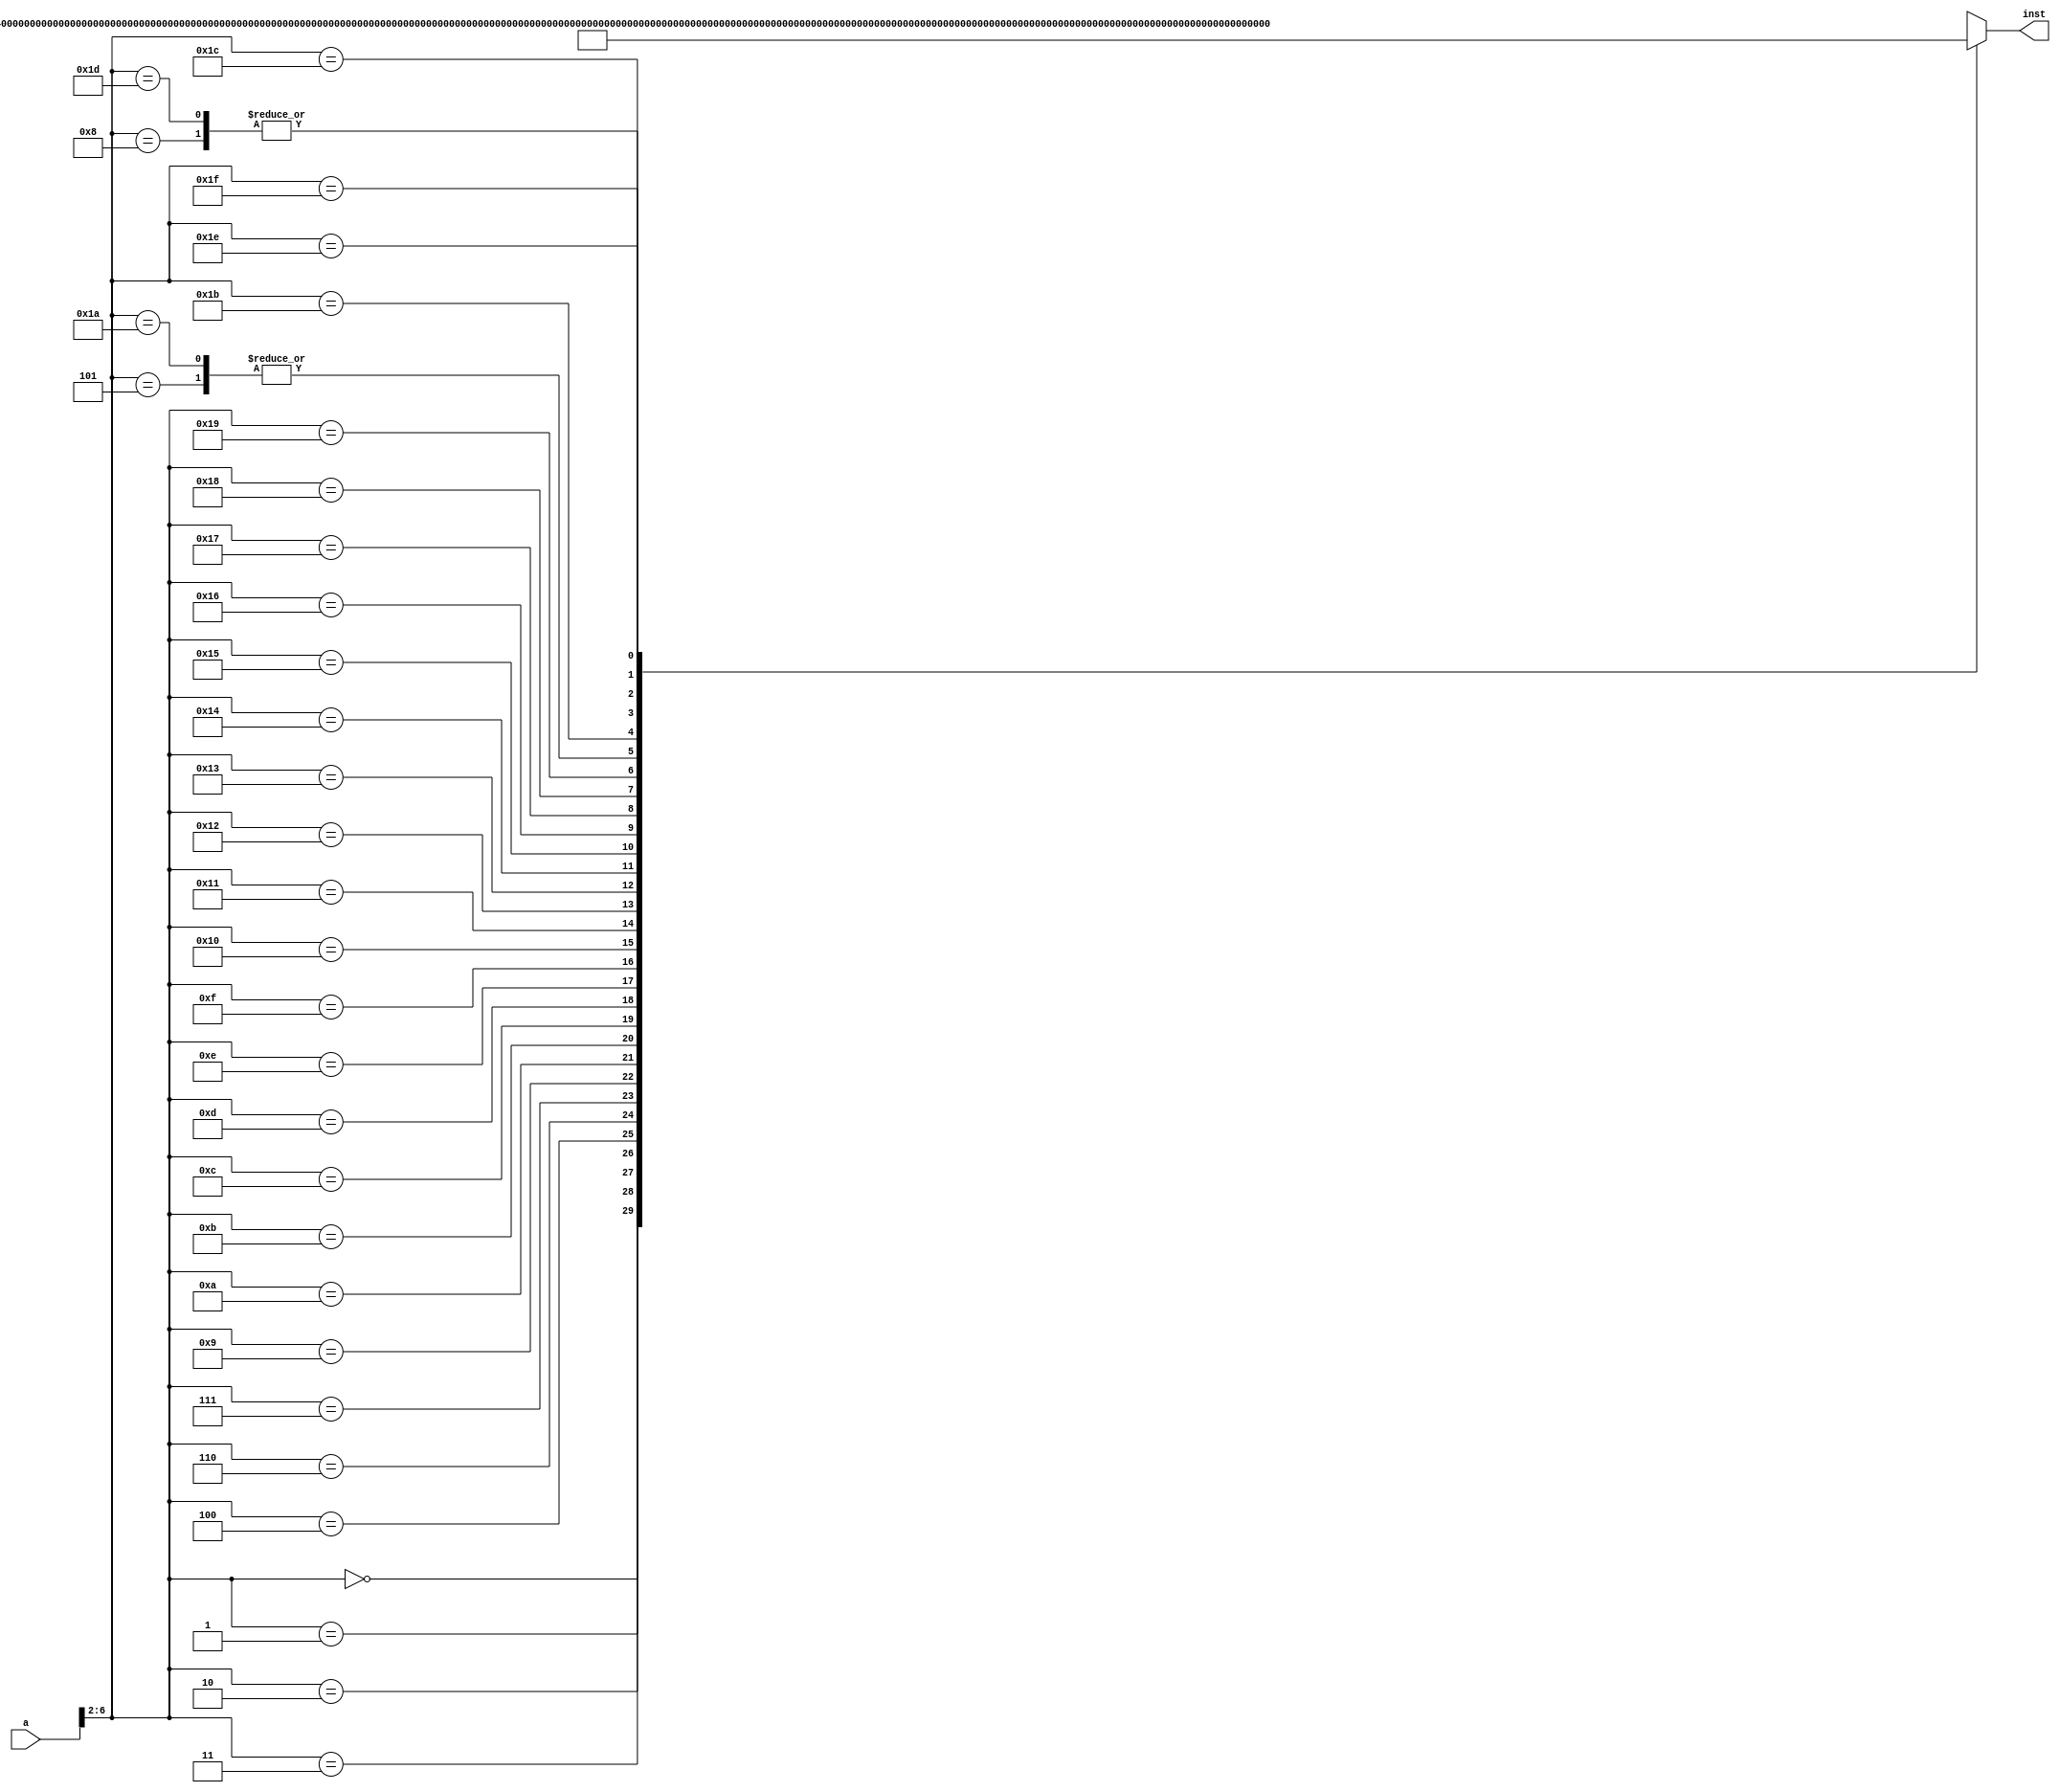
module sc_instmem (a,inst);
    input  [31:0] a;
    output [31:0] inst;
    wire   [31:0] rom [0:31];                                 // (pc)
    assign rom[5'h00] = 32'b00000000000000000000000010110111; // (00) main:   lui  x1, 0         # x1 <- 0
    assign rom[5'h01] = 32'b00000101000000001110001000010011; // (04)         ori  x4, x1, 80    # x1 <- 80
    assign rom[5'h02] = 32'b00000000010000000000001010010011; // (08)         addi x5, x0,  4    # x5 <- 4
    assign rom[5'h03] = 32'b00000101100000000000000011101111; // (0c) call:   jal  x1, sum       # x1 <- 0x10 (return address), call sum
    assign rom[5'h04] = 32'b00000000011000100010000000100011; // (10)         sw   x6, 0(x4)     # memory[x4+0] <- x6
    assign rom[5'h05] = 32'b00000000000000100010010010000011; // (14)         lw   x9, 0(x4)     # x6 <- memory[x4+0]
    assign rom[5'h06] = 32'b01000000010001001000010000110011; // (18)         sub  x8, x9, x4    # x8 <- x9 - x4
    assign rom[5'h07] = 32'b00000000001100000000001010010011; // (1c)         addi x5, x0,  3    # x5 <- 3
    assign rom[5'h08] = 32'b11111111111100101000001010010011; // (20) loop2:  addi x5, x5, -1    # x5 <- x5 - 1
    assign rom[5'h09] = 32'b11111111111100101110010000010011; // (24)         ori  x8, x5, 0xfff # x8 <- x5 | 0xffffffff = 0xffffffff
    assign rom[5'h0a] = 32'b01010101010101000100010000010011; // (28)         xori x8, x8, 0x555 # x8 <- x8 ^ 0x00000555 = 0xfffffaaa
    assign rom[5'h0b] = 32'b11111111111100000000010010010011; // (2c)         addi x9, x0, -1    # x9 <- 0xffffffff
    assign rom[5'h0c] = 32'b11111111111101001111010100010011; // (30)         andi x10,x9, 0xfff # x10<- x9 & 0xffffffff = 0xffffffff
    assign rom[5'h0d] = 32'b00000000100101010110001000110011; // (34)         or   x4, x10, x9   # x4 <- x10 | x9 = 0xffffffff
    assign rom[5'h0e] = 32'b00000000100101010100010000110011; // (38)         xor  x8, x10, x9   # x8 <- x10 ^ x9 = 0x00000000
    assign rom[5'h0f] = 32'b00000000010001010111001110110011; // (3c)         and  x7, x10, x4   # x7 <- x10 & x4 = 0xffffffff
    assign rom[5'h10] = 32'b00000000000000101000010001100011; // (40)         beq  x5, x0, shift # if x5 = 0, goto shift
    assign rom[5'h11] = 32'b11111101110111111111000001101111; // (44)         jal  x0, loop2     # jump loop2
    assign rom[5'h12] = 32'b11111111111100000000001010010011; // (48) shift:  addi x5, x0, -1    # x5 <- 0xffffffff
    assign rom[5'h13] = 32'b00000000111100101001010000010011; // (4c)         slli x8, x5, 15    # x8 <- 0xffffffff <<  15 = 0xffff8000
    assign rom[5'h14] = 32'b00000001000001000001010000010011; // (50)         slli x8, x8, 16    # x8 <- 0xffff8000 <<  16 = 0x80000000
    assign rom[5'h15] = 32'b01000001000001000101010000010011; // (54)         srai x8, x8, 16    # x8 <- 0x80000000 >>> 16 = 0xffff8000
    assign rom[5'h16] = 32'b00000000111101000101010000010011; // (58)         srli x8, x8, 15    # x8 <- 0xffff8000 >>  15 = 0x0001ffff
    assign rom[5'h17] = 32'b00000000011000100010000110110011; // (5c)         slt  x3, x4, x6    # x3 <- 0xffffffff < 0x000002ff = 1
    assign rom[5'h18] = 32'b00000000000000000000000001101111; // (60) finish: jal  x0, finish    # dead loop
    assign rom[5'h19] = 32'b00000000000000000000001100110011; // (64) sum:    add  x6, x0, x0    # x6 <- 0 (subroutine entry)
    assign rom[5'h1a] = 32'b00000000000000100010010010000011; // (68) loop:   lw   x9, 0(x4)     # x9 <- memory[x4+0]
    assign rom[5'h1b] = 32'b00000000010000100000001000010011; // (6c)         addi x4, x4,  4    # x4 <- x4 + 4 (address+4)
    assign rom[5'h1c] = 32'b00000000100100110000001100110011; // (70)         add  x6, x6, x9    # x6 <- x6 + x9 (sum)
    assign rom[5'h1d] = 32'b11111111111100101000001010010011; // (74)         addi x5, x5, -1    # x5 <- x5 - 1 (counter--)
    assign rom[5'h1e] = 32'b11111110000000101001100011100011; // (78)         bne  x5, x0, loop  # if x5 != 0, goto loop
    assign rom[5'h1f] = 32'b00000000000000001000000001100111; // (7c)         ret  x1            # return from subroutine
    assign inst = rom[a[6:2]];
endmodule